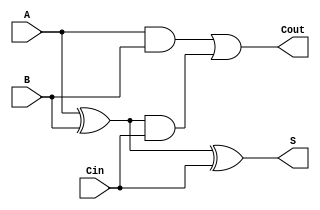
/* ----------------------------------------- *
 * Title       : Adders                      *
 * Project     : Verilog Utility Modules     *
 * ----------------------------------------- *
 * Last Edit   : 02/12/2020                  *
 * Licence     : CERN-OHL-W                  *
 * ----------------------------------------- *
 * Description : Adders of the diffent type  *
 * ----------------------------------------- */
 

//Simple 1 bit full adder
module FA(A, B, Cin, S, Cout);
  input A, B, Cin;
  output S, Cout;
  wire ha_sum; //Partial Sum without carry

  assign ha_sum = A ^ B;
  assign S =  ha_sum ^ Cin; //Sum
  assign Cout = (A & B) | (ha_sum & Cin); //Carry out
endmodule // full Adder

//Simple 1 bit half adder
module HA(A, B, S, Cout);
  input A, B;
  output S, Cout;

  assign S = A ^ B;
  assign Cout = A & B;
endmodule // half Adder

//4 bit ripple carry adder
// A, B and S are 4 bits and Cin and Cout are 1 bit
module RCA4(A, B, Cin, S, Cout);
  input [3:0] A, B;
  input Cin; //carry from previous stage
  output [3:0] S;
  output Cout;

  wire [2:0] Cmid; //Used to make carry connections between CLAs

  FA faddr1(A[0], B[0], Cin, S[0], Cmid[0]);
  FA faddr2(A[1], B[1], Cmid[0], S[1], Cmid[1]);
  FA faddr3(A[2], B[2], Cmid[1], S[2], Cmid[2]);
  FA faddr4(A[3], B[3], Cmid[2], S[3], Cout);

endmodule //4 bit ripple carry adder

//16 bit ripple carry adder
// A, B and S are 16 bits and Cin and Cout are 1 bit
module RCA16(A, B, Cin, S, Cout);
  input [15:0] A, B;
  input Cin; //carry from previous stage
  output [15:0] S;
  output Cout;

  wire [2:0] Cmid; //Used to make carry connections between CLAs

  RCA4 rcaddr1(A[3:0], B[3:0], Cin, S[3:0], Cmid[0]);
  RCA4 rcaddr2(A[7:4], B[7:4], Cmid[0], S[7:4], Cmid[1]);
  RCA4 rcaddr3(A[11:8], B[11:8], Cmid[1], S[11:8], Cmid[2]);
  RCA4 rcaddr4(A[15:12], B[15:12], Cmid[2], S[15:12], Cout);

endmodule //16 bit ripple carry adder

//4 bit carry lookahead adder
// A, B and S are 4 bits and Cin and Cout are 1 bit
module CLA4(A, B, Cin, S, Cout);
  input [3:0] A, B;
  input Cin; //carry from previous stage
  output [3:0] S;
  output Cout;

  wire [3:0] P, G; //carry propagate and generate signals
  wire [4:0] C; //internal carries

  assign P = A ^ B;
  assign G = A & B;
  assign C[0] = Cin;
  assign C[1] = G[0] | (P[0] & C[0]);
  assign C[2] = G[1] | (P[1] & G[0]) | (P[1] & P[0] & C[0]);
  assign C[3] = G[2] | (P[2] & G[1]) | (P[2] & P[1] & G[0]) | (P[2] & P[1] & P[0] & C[0]);
  assign C[4] = G[3] | (P[3] & G[2]) | (P[3] & P[2] & G[1]) | (P[3] & P[2] & P[1] & G[0]) | (P[3] & P[2] & P[1] & P[0] & C[0]);
  assign S = P ^ C[3:0];
  assign Cout = C[4];
endmodule //4 bit carry lookahead adder

//16 bit hybrid adder (CLA & Ripple)
// A, B and S are 16 bits and Cin and Cout are 1 bit
module hybridCLA16(A, B, Cin, S, Cout);
  input [15:0] A, B;
  input Cin;
  output [15:0] S;
  output Cout;

  wire [2:0] Cmid; //Used to make carry connections between CLAs

  CLA4 claddr1(A[3:0], B[3:0], Cin, S[3:0], Cmid[0]);
  CLA4 claddr2(A[7:4], B[7:4], Cmid[0], S[7:4], Cmid[1]);
  CLA4 claddr3(A[11:8], B[11:8], Cmid[1], S[11:8], Cmid[2]);
  CLA4 claddr4(A[15:12], B[15:12], Cmid[2], S[15:12], Cout);

endmodule //16 bit hybrid adder with 4 bit carry lookahead adders

//32 bit hybrid adder (CLA & Ripple)
//A, B and S are 32 bits and Cin and Cout are 1 bit
module hybridCLA32(A, B, Cin, S, Cout);
  input [31:0] A, B;
  input Cin;
  output [31:0] S;
  output Cout;

  wire Cmid; //Used to make carry connections between CLAs

  hybridCLA16 haddr1(A[15:0], B[15:0], Cin, S[15:0], Cmid);
  hybridCLA16 haddr2(A[31:16], B[31:16], Cmid, S[31:16], Cout);

endmodule //32 bit hybrid adder with 4 bit carry lookahead adders

//Simple 1 bit carry select Adder
module CSA(A, B, Cin, S, Cout);
  input A, B, Cin;
  output S, Cout;

  wire ha_sum; //Partial Sum without carry

  assign ha_sum = A ^ B;
  assign S = (Cin) ? (~ha_sum) : ha_sum;
  assign Cout = (Cin) ? (A | B) : (A & B);
endmodule //carry select Adder

//Simple 1 bit full Adder with Cin 1
module FA_1(A, B, S, Cout);
  input A, B;
  output S, Cout;

  assign S = ~(A ^ B);
  assign Cout = (A | B);
endmodule //to be used in bigger carry select Adder

//Simple 1 bit full Adder with Cin 0
module FA_0(A, B, S, Cout);
  input A, B;
  output S, Cout;

  assign S = (A ^ B);
  assign Cout = (A & B);
endmodule //to be used in bigger carry select Adder

//4 bit carry select Adder with Full adders for each bit
module CSA4_RCA(A, B, Cin, S, Cout);
  input [3:0] A, B;
  input Cin; //carry from previous stage
  output [3:0] S;
  output Cout;

  wire [2:0] C [1:0];
  wire [3:0] preSum [1:0];
  wire [1:0] preCarry;

  //modules for Cin = 0
  FA_0 fstadder0(A[0], B[0], preSum[0][0],C[0][0]);
  FA fulla01(A[1], B[1], C[0][0], preSum[0][1], C[0][1]);
  FA fulla02(A[2], B[2], C[0][1], preSum[0][2], C[0][2]);
  FA fulla03(A[3], B[3], C[0][2], preSum[0][3], preCarry[0]);

  //modules for Cin = 1
  FA_1 fstadder1(A[0], B[0], preSum[1][0],C[1][0]);
  FA fulla11(A[1], B[1], C[1][0], preSum[1][1], C[1][1]);
  FA fulla12(A[2], B[2], C[1][1], preSum[1][2], C[1][2]);
  FA fulla13(A[3], B[3], C[1][2], preSum[1][3], preCarry[1]);

  assign S = preSum[Cin];
  assign Cout = preCarry[Cin];
endmodule // 4 bit carry select Adder

//16 bit Linear Carry Select Adder with 4 bit carry select Adders
module LCSA16(A, B, Cin, S, Cout);
  input [15:0] A, B;
  input Cin; //carry from previous stage
  output [15:0] S;
  output Cout;

  wire [2:0] C;

  CSA4_RCA csa0(A[3:0], B[3:0], Cin, S[3:0], C[0]);
  CSA4_RCA csa1(A[7:4], B[7:4], C[0], S[7:4], C[1]);
  CSA4_RCA csa2(A[11:8], B[11:8], C[1], S[11:8], C[2]);
  CSA4_RCA csa3(A[15:12], B[15:12], C[2], S[15:12], Cout);
endmodule // 16 bit Linear Carry Select Adder

//32 bit Linear Carry Select Adder with 4 bit carry select Adders
module LCSA32(A, B, Cin, S, Cout);
  input [31:0] A, B;
  input Cin; //carry from previous stage
  output [31:0] S;
  output Cout;

  wire C;

  LCSA16 lcsa0(A[15:0], B[15:0], Cin, S[15:0], C);
  LCSA16 lcsa1(A[31:16], B[31:16], C, S[31:16], Cout);
endmodule // 16 bit Linear Carry Select Adder